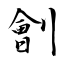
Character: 劊